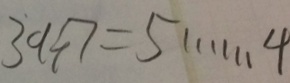
3 9 \div 7 = 5 \cdots 4